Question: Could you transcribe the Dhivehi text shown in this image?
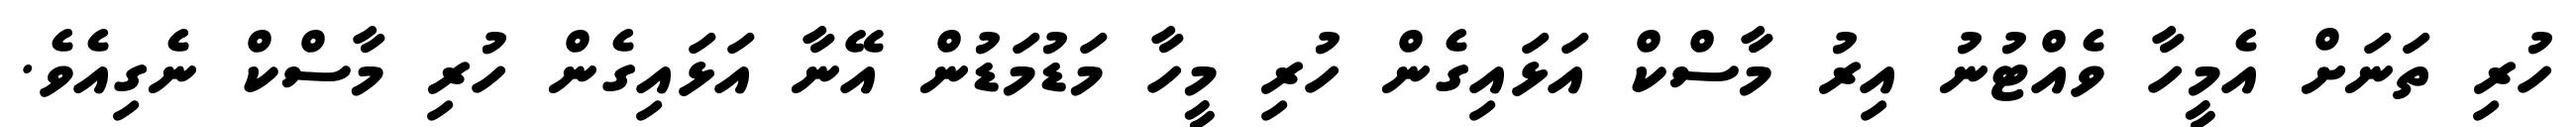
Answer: ހުރި ތަނަށް އެމީހާ ވެއްޓުނު އިރު މާސްކް އަޅައިގެން ހުރި މީހާ މަޑުމަޑުން އޭނާ އަޅައިގެން ހުރި މާސްކް ނެގިއެވެ.